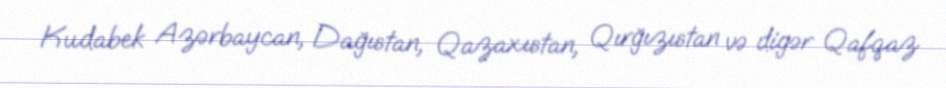
Kudabek Azərbaycan, Dağıstan, Qazaxıstan, Qırğızıstan və digər Qafqaz